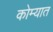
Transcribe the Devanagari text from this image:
कोम्यात